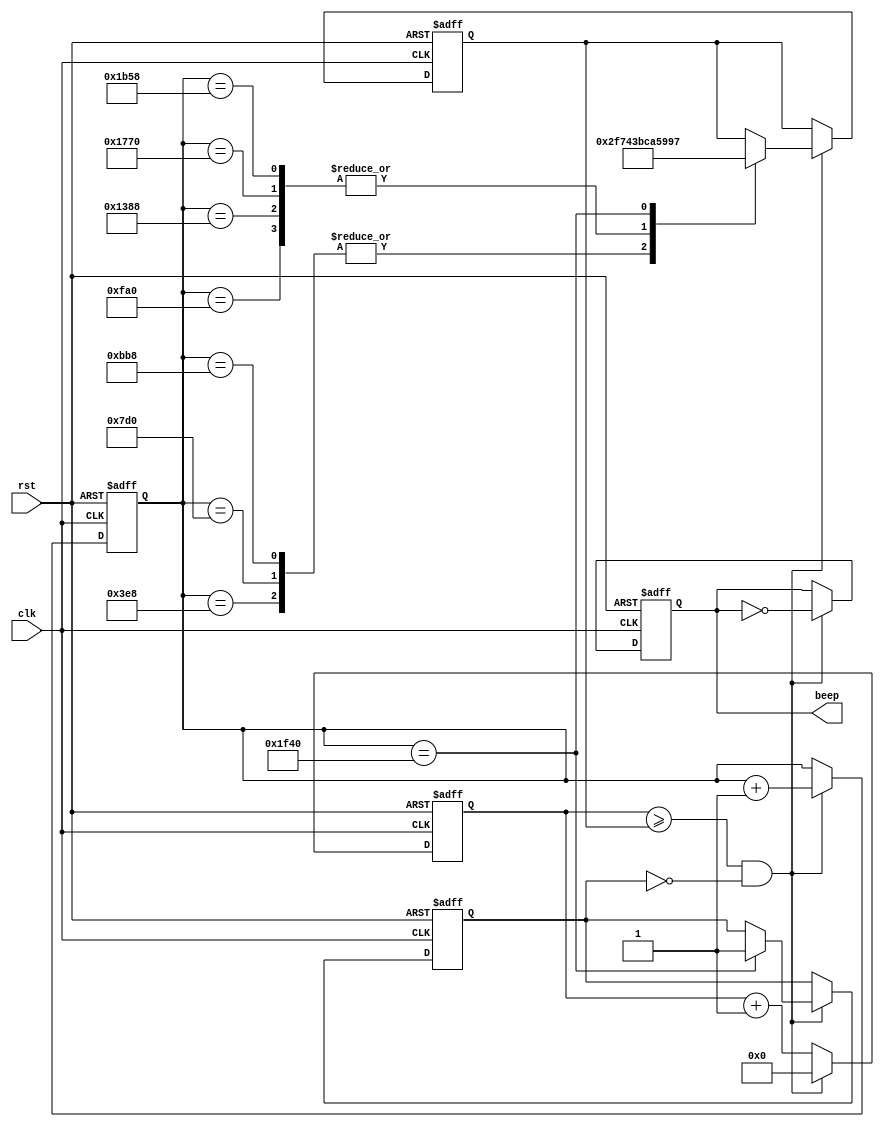
`timescale 1ns / 1ps
//////////////////////////////////////////////////////////////////////////////////
// Company: 
// Engineer: 
// 
// Design Name: 
// Module Name: Buzzer
// Project Name: 
// Target Devices: 
// Tool Versions: 
// Description: 
// 
// Dependencies: 
// 
// Revision:
// Revision 0.01 - File Created
// Additional Comments:
// 
//////////////////////////////////////////////////////////////////////////////////


`timescale 1ns / 1ps
//////////////////////////////////////////////////////////////////////////////////
// Company: 
// Engineer: 
// 
// Design Name: 
// Module Name: buzzer
// Project Name: 
// Target Devices: 
// Tool Versions: 
// Description: 
// 
// Dependencies: 
// 
// Revision:
// Revision 0.01 - File Created
// Additional Comments:
// 
//////////////////////////////////////////////////////////////////////////////////
module Buzzer
	(
		rst,
		clk,
		beep
	);
	input clk,rst;
	output beep;
	reg beep;
	wire clk;
	reg [15:0] cnt;
	reg [15:0] PreDiv;//
	reg [12:0] Delay;//		
	reg [0:0] jug;
	always @ (negedge rst or posedge clk)
		if(!rst)
			begin
                beep<=1'b0;
                cnt<=13'd0;
                Delay<=13'd0;
                PreDiv<=16'h2F74;//7
                jug<=1'b0;
			end
		else
		begin
            cnt<=cnt+1'b1;
            if (cnt >= PreDiv & ~jug)
                begin
                beep<=~beep;
                cnt<=16'd0;
                Delay<=Delay+1'd1;
                case(Delay)   //
                    13'd1000:PreDiv<=16'h2F74;//7
                    13'd2000:PreDiv<=16'h2F74;//7
                    13'd3000:PreDiv<=16'h2F74;//7
                    13'd4000:PreDiv<=16'h3BCA;//5
                    13'd5000:PreDiv<=16'h3BCA;//5
                    13'd6000:PreDiv<=16'h3BCA;//5
                    13'd7000:PreDiv<=16'h3BCA;//5
                    13'd8000:    
                    begin
                        jug <= 1'b1;
                        PreDiv<=16'h5997;//1
                     end
                endcase
             end
    end
endmodule